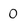
Character: 0